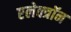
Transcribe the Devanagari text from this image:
एलेक्त्रॉन